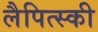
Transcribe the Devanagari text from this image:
लैपित्स्की